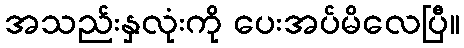
အသည်းနှလုံးကို ပေးအပ်မိလေပြီ။